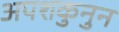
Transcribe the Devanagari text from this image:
अपशकुनुन